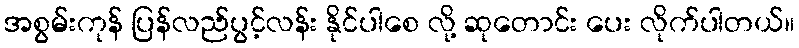
အစွမ်းကုန် ပြန်လည်ပွင့်လန်း နိုင်ပါစေ လို့ ဆုတောင်း ပေး လိုက်ပါတယ်။